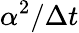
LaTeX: \alpha^{2}/\Delta t